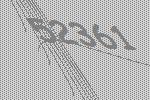
52361